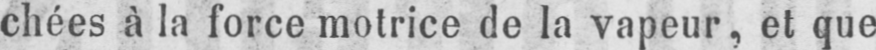
chées à la force motrice de la vapeur, et que